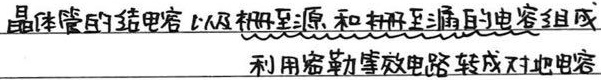
晶体管的结电容由栅至源，和栅至漏的电容组成。利用密勒等效电路转成对地电容